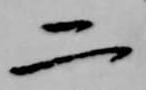
二